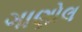
ગાણોલ